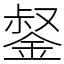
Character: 錖